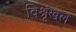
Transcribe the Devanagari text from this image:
विश्रृंखल